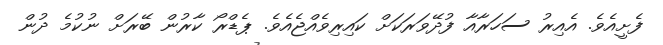
ފެށީއެވެ. އެއިރު ސަހަރާއާ ފުދޭވަރަކަށް ކައިރިވެއްޖެއެވެ. ޕެޑްރޯ ކާރުން ބޭރަށް ނުކުމެ ދުން